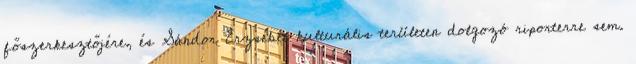
főszerkesztőjére, és Sándor Erzsébet kulturális területen dolgozó riporterre sem.